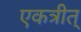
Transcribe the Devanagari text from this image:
एकत्रीत्